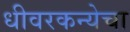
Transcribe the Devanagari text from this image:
धीवरकन्येचा